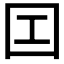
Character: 𡆬